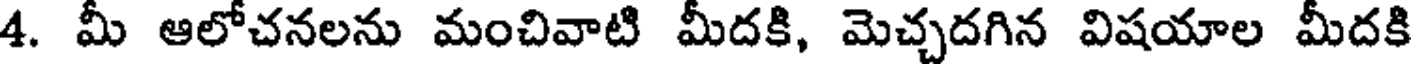
4. మీ ఆలోచనలను మంచివాటి మీదకి, మెచ్చదగిన విషయాల మీదకి